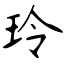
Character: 玲